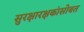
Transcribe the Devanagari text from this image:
सुरक्षारक्षकांसोबत